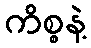
ကိစ္စနဲ့